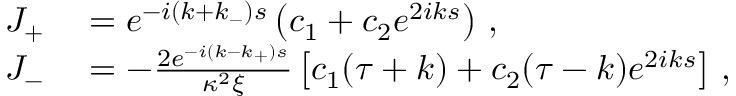
\begin{array} { r l } { J _ { + } } & { { } = e ^ { - i ( k + k _ { - } ) s } \left( c _ { 1 } + c _ { 2 } e ^ { 2 i k s } \right) \, , } \\ { J _ { - } } & { { } = - \frac { 2 e ^ { - i ( k - k _ { + } ) s } } { \kappa ^ { 2 } \xi } \left[ c _ { 1 } ( \tau + k ) + c _ { 2 } ( \tau - k ) e ^ { 2 i k s } \right] \, , } \end{array}